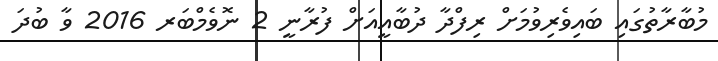
މުބާރާތުގައި ބައިވެރިވުމަށް ރިފްދާ ދުބާއީއަށް ފުރާނީ 2 ނޮވެމްބަރ 2016 ވާ ބުދަ